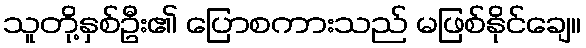
သူတို့နှစ်ဦး၏ ပြောစကားသည် မဖြစ်နိုင်ချေ။